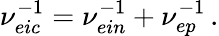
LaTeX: \nu_{eic}^{-1}=\nu_{ein}^{-1}+\nu_{ep}^{-1}\, .